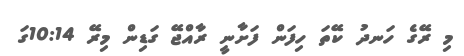
މި ރޭގެ ހަނދު ކޭތަ ހިފަން ފަށާނީ ރާއްޖޭ ގަޑިން މިރޭ 10:14ގަ